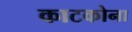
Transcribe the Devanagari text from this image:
काटकोना